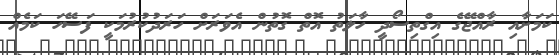
ކަމަށާއި ރާއްޖޭގެ އިގްތިސޯދީ ހާލަތު އޮތް ގޮތުން އެވަރަށް ހަރަދުކުރުމަކީ ފަސޭހަ ކަމެއް